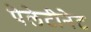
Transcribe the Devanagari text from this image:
पेलेटीनेट